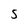
Character: 5